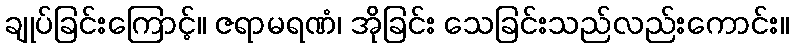
ချုပ်ခြင်းကြောင့်။ ဇရာမရဏံ၊ အိုခြင်း သေခြင်းသည်လည်းကောင်း။